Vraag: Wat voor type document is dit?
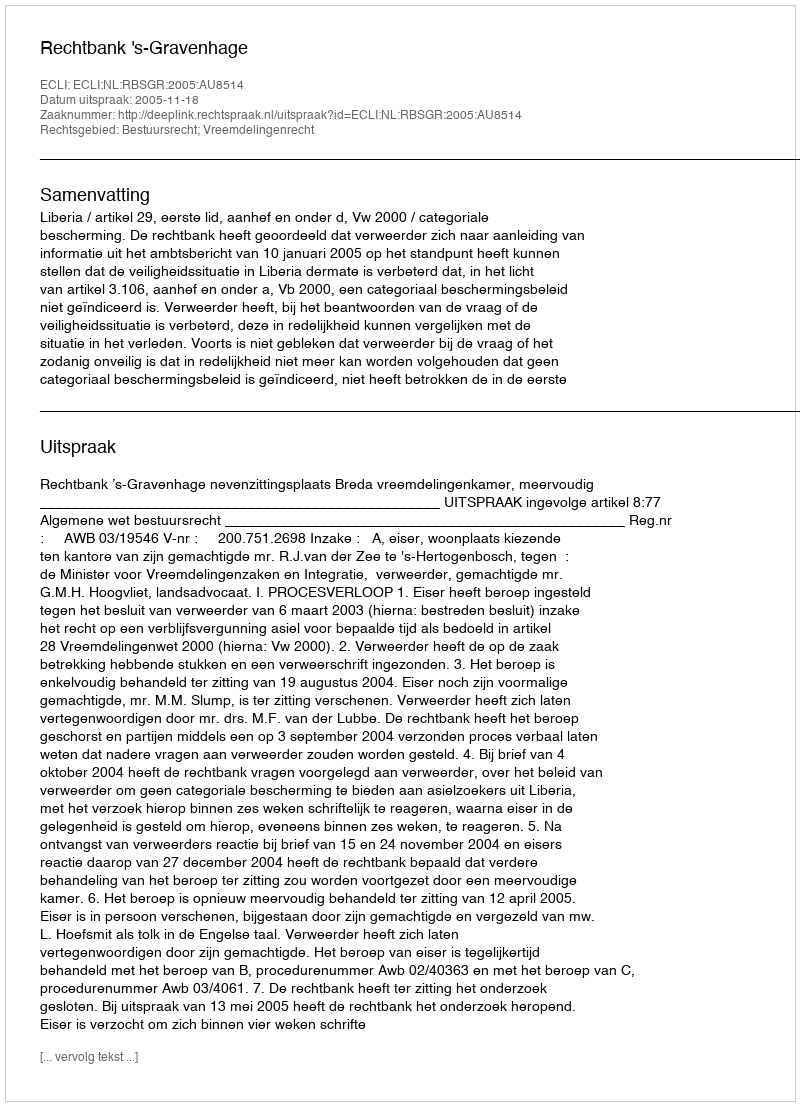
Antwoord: Uitspraak